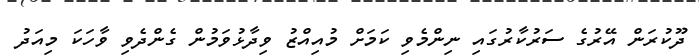
ދޫކުރަން އޭރުގެ ސަރުކާރުގައި ނިންމެވި ކަމަށް މުއިއްޒު ވިދާާޅުވަމުން ގެންދެވި ވާހަކަ މިއަދު